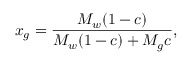
x _ { g } = \frac { M _ { w } ( 1 - c ) } { M _ { w } ( 1 - c ) + M _ { g } c } ,